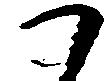
か